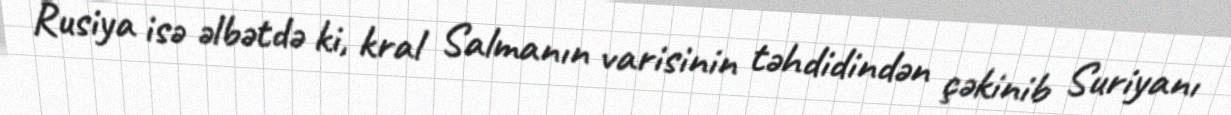
Rusiya isə əlbətdə ki, kral Salmanın varisinin təhdidindən çəkinib Suriyanı